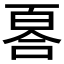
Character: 𠷡